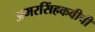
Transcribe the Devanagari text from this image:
अमरसिंहकवीची